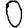
Digit: 0